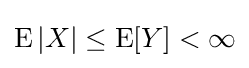
\operatorname {E} |X|\leq \operatorname {E} [Y]<\infty